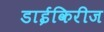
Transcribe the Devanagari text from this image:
डाईकिरीज